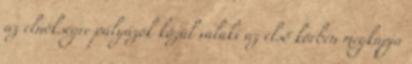
az elnökségre pályázók közül valaki az első körben megkapja